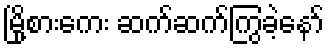
မြို့စားကေး ဆက်ဆက်ကြွခဲ့နော်